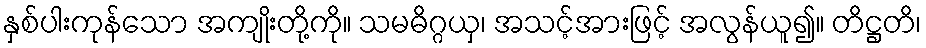
နှစ်ပါးကုန်သော အကျိုးတို့ကို။ သမဓိဂ္ဂယှ၊ အသင့်အားဖြင့် အလွန်ယူ၍။ တိဋ္ဌတိ၊